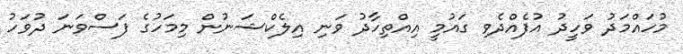
މުހައްމަދު ވަހީދު އުފެއްދެވި ގައުމީ އިއްތިހާދު ވަނި އިލެކްޝަނުން މިމަހުގެ ފަސްވަނަ ދުވަހު